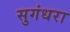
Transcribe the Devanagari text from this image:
सुगंधरा